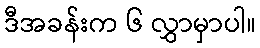
ဒီအခန်းက ၆ လွှာမှာပါ။